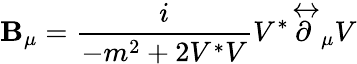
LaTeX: \mathbf{B}_{\mu}=\frac{{i}}{{-m^{2}+2V^{*}V}}V^{*}\stackrel\leftrightarrow\partial_{\mu}V